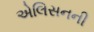
એલિસનની